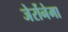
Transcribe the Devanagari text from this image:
जेर्रोनेमा